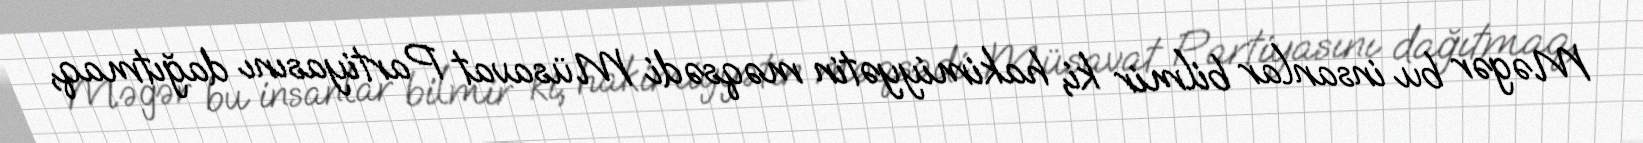
Məgər bu insanlar bilmir ki, hakimiyyətin məqsədi Müsavat Partiyasını dağıtmaq,